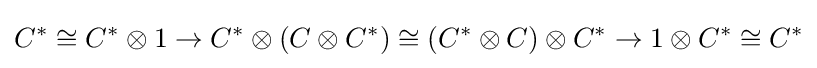
C^{*}\cong C^{*}\otimes 1\rightarrow C^{*}\otimes (C\otimes C^{*})\cong (C^{*}\otimes C)\otimes C^{*}\rightarrow 1\otimes C^{*}\cong C^{*}